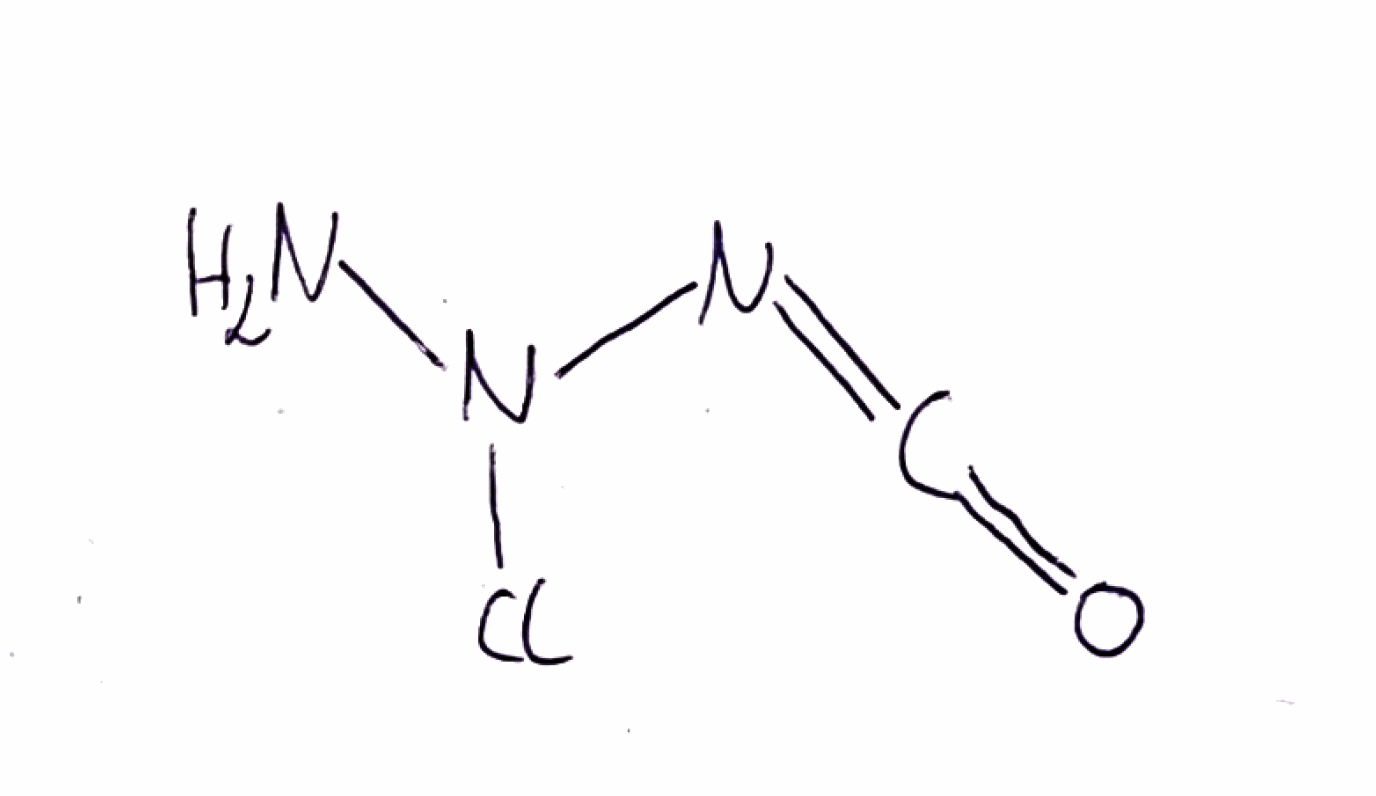
Simplified molecular-input line-entry system (SMILES) notation of the given molecule:
C(=NN(N)Cl)=O